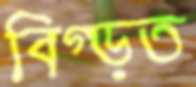
বিগ্‌ড়ত